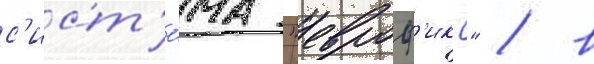
с'ист'е́ма "евроф'икс" / в